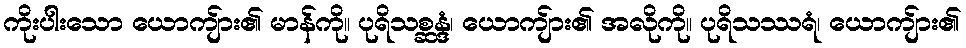
ကိုးပါးသော ယောကျ်ား၏ မာန်ကို။ ပုရိသစ္ဆန္ဒံ၊ ယောကျ်ား၏ အလိုကို။ ပုရိသဿရံ၊ ယောကျ်ား၏